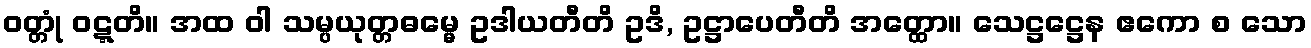
ဝတ္တုံ ဝဋ္ဋတိ။ အထ ဝါ သမ္ပယုတ္တဓမ္မေ ဥဒါယတီတိ ဥဒိ, ဥဋ္ဌာပေတီတိ အတ္ထော။ သေဋ္ဌဋ္ဌေန ဧကော စ သော